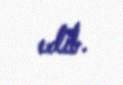
edib.